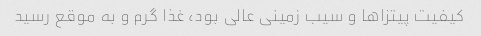
کیفیت پیتزا‌ها و سیب زمینی عالی بود، غذا گرم و به موقع رسید